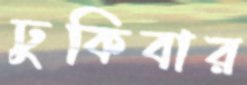
ঢুকিবার